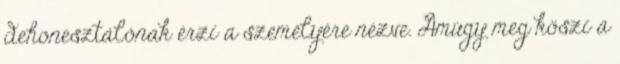
dehonesztálónak érzi a személyére nézve. Amúgy meg köszi a